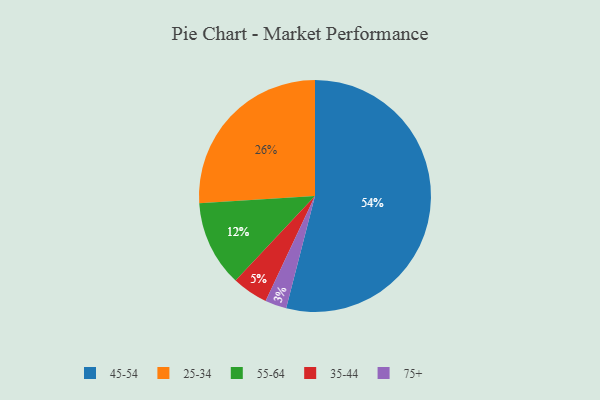
{"axis": {"x": "Category", "y": "Percentage"}, "legend": ["25-34", "35-44", "45-54", "55-64", "75+"], "data": [{"x": "25-34", "y": 26, "type": "25-34"}, {"x": "75+", "y": 3, "type": "75+"}, {"x": "55-64", "y": 12, "type": "55-64"}, {"x": "35-44", "y": 5, "type": "35-44"}, {"x": "45-54", "y": 54, "type": "45-54"}]}